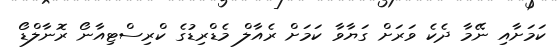
ކަމަށާއި ނޭމާ ދެކެ ވަރަށް ގަޔާވާ ކަމަށް ރެއާލް މެޑްރިޑުގެ ކްރިސްޓިއާނޯ ރޮނާލްޑޯ